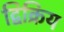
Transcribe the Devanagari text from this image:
द्विक्रिय